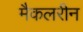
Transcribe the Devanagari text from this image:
मैकलरीन